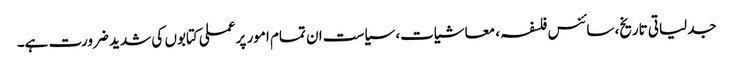
جدلیاتی تاریخ، سائنس فلسفہ ، معاشیات، سیاست ان تمام امور پر عملی کتابوں کی شدید ضرورت ہے۔